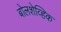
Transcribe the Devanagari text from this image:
बोलशेव्हिक